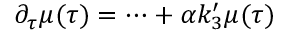
\partial _ { \tau } \mu ( \tau ) = \dots + \alpha k _ { 3 } ^ { \prime } \mu ( \tau )